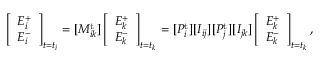
\left[ \begin{array} { l } { E _ { i } ^ { + } } \\ { E _ { i } ^ { - } } \end{array} \right] _ { t = t _ { i } } = [ M _ { i k } ^ { \mathrm { t } } ] \left[ \begin{array} { l } { E _ { k } ^ { + } } \\ { E _ { k } ^ { - } } \end{array} \right] _ { t = t _ { k } } = [ P _ { i } ^ { \mathrm { t } } ] [ I _ { i j } ] [ P _ { j } ^ { \mathrm { t } } ] [ I _ { j k } ] \left[ \begin{array} { l } { E _ { k } ^ { + } } \\ { E _ { k } ^ { - } } \end{array} \right] _ { t = t _ { k } } ,